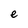
Character: e